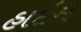
હાઇમ